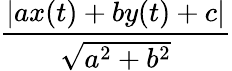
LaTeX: \frac{|ax(t)+by(t)+c|}{\sqrt{a^{2}+b^{2}}}